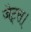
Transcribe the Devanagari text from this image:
जेट्स।